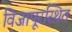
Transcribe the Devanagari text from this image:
विजापूरस्थित